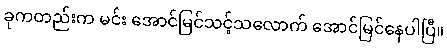
ခုကတည်းက မင်း အောင်မြင်သင့်သလောက် အောင်မြင်နေပါပြီ။